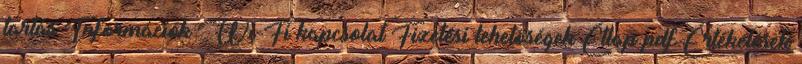
tartás Információk Wi-Fi kapcsolat Fizetési lehetőségek Étlap pdf Értékelések